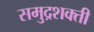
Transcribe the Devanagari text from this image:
समुद्रशक्ती